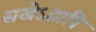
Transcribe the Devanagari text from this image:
सखेऽद्यापि